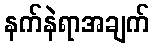
နက်နဲရာအချက်